画像に写った文字を読んでください
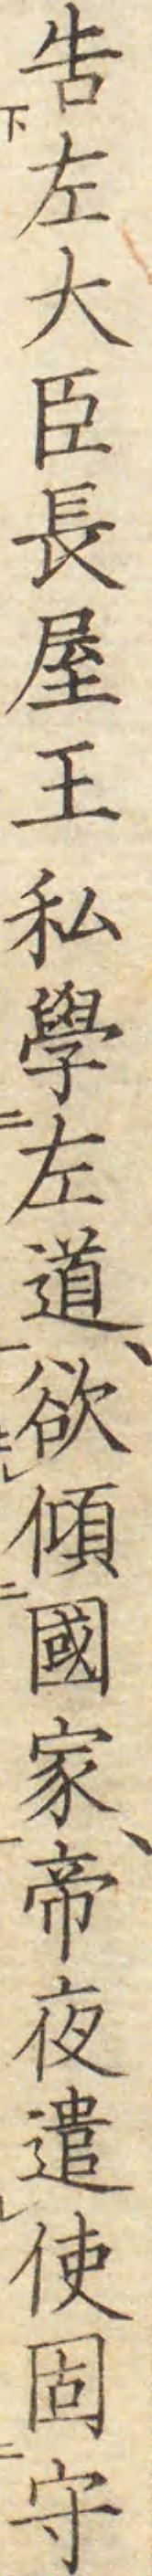
「吿左大臣長屋王私學左道、欲傾國家、帝夜遣使固守」と書いてあります